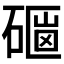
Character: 𥕇